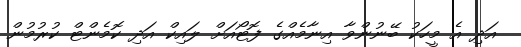
އަދި އެ މީހަކު ބޭނުންވާ އިނާމެއްގެ ފޮޓޯއަށް ލައިކް އަދި ކޮމެންޓް ކުރުމުން